Report on lock hospitals in British Burma
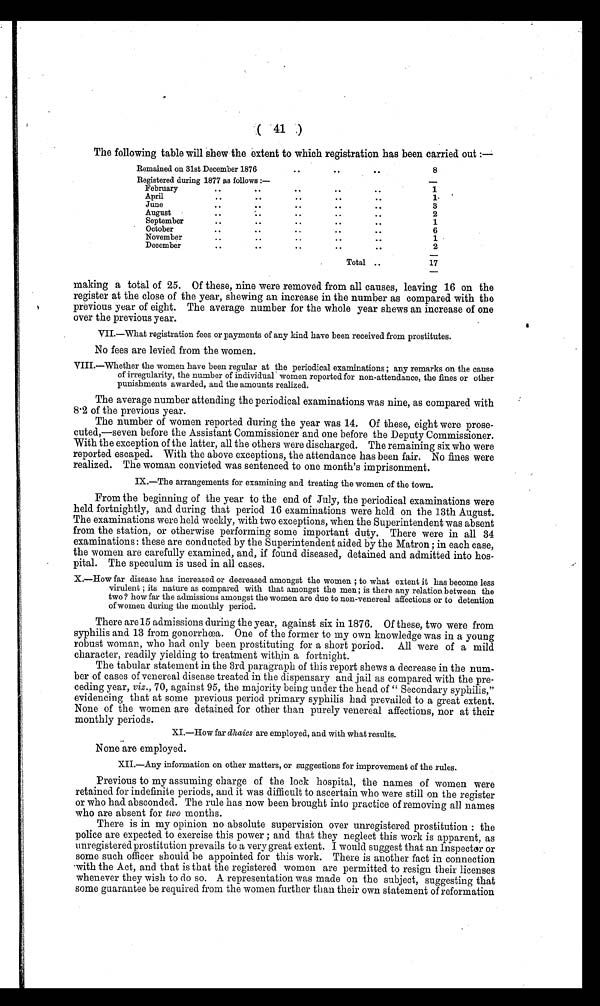
(41)
The following table will shew the extent to which registration has been carried out :—
Remained on 31st December 1876
..
. .
..
8
Registered during 1877 as follows :—
February
..
..
. .
..
. .
1
April
..
..
. .
. .
..
1.
June
..
..
. .
..
..
3
August
..
. .
. .
. .
..
2
September
..
..
..
..
..
1
October
. .
..
. .
. .
..
6
November
..
..
..
..
..
1
December
. .
..
..
..
..
2
Total ..
17
making a total of 25. Of these, nine were removed from all causes, leaving 16 on the
register at the close of the year, shewing an increase in the number as compared with the
previous year of eight. The average number for the whole year shews an increase of one
over the previous year.
VII.—What registration fees or payments of any kind have been received from prostitutes.
No fees are levied from the women.
VIII.—Whether the women have been regular at the periodical examinations ; any remarks on the cause
of of irregularity, the number of individuals women reported for non-attendance, the fines or other
punishments awarded, and the amounts realized.
The average number attending the periodical examinations was nine, as compared with
8.2 of the previous year.
The number of women reported during the year was 14. Of these, eight were prose-
cuted,—seven before the Assistant Commissioner and one before the Deputy Commissioner.
With the exception of the latter, all the others were discharged. The remaining six who were
reported escaped. With the above exceptions, the attendance has been fair. No fines were
realized. The woman convicted was sentenced to one month's imprisonment.
IX.—The arrangements for examining and treating the women of the town.
From the beginning of the year to the end of July, the periodical examinations were
held fortnightly, and during that period 16 examinations were held on the 13th August.
The examinations were held weekly, with two exceptions, when the Superintendent was absent
from the station, or otherwise performing some important duty. There were in all 34
examinations : these are conducted by the Superintendent aided by the Matron ; in each case,
the women are carefully examined, and, if found diseased, detained and admitted into hos-
pital. The speculum is used in all cases.
X.—How far disease has increased or decreased amongst the women ; to what extent it has become less
virulent ; its nature as compared with that amongst the men ; is there any relation between the
two ? how far the admissions amongst the women are due to non-venereal affections or to detention
of women during the monthly period.
There are 15 admissions during the year, against six in 1876. Of these, two were from
syphilis and 13 from gonorrhœa. One of the former to my own knowledge was in a young
robust woman, who had only been prostituting for a short poriod. All were of a mild
character, readily yielding to treatment within a fortnight.
The tabular statement in the 3rd paragraph of this report shews a decrease in the num-
ber of cases of venereal disease treated in the dispensary and jail as compared with the pre-
ceding year, viz., 70, against 95, the majority being under the head of " Secondary syphilis,"
evidencing that at some previous period primary syphilis had prevailed to a great extent.
None of the women are detained for other than purely venereal affections, nor at their
monthly periods.
XI.—How far dhaies are employed, and with what results.
None are employed.
XII.—Any information on other matters, or suggestions for improvement of the rules.
Previous to my assuming charge of the lock hospital, the names of women were
retained for indefinite periods, and it was difficult to ascertain who were still on the register
or who had absconded. The rule has now been brought into practice of removing all names
who are absent for two months.
There is in my opinion no absolute supervision over unregistered prostitution : the
police are expected to exercise this power ; and that they neglect this work is apparent, as
unregistered prostitution prevails to a very great extent. I would suggest that an Inspector or
some such officer should be appointed for this work. There is another fact in connection
•with the Act, and that is that the registered women are permitted to resign their licenses
whenever they wish to do so. A representation was made on the subject, suggesting that
some guarantee be required from the women further than their own statement of reformation